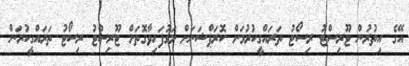
އޭގެ އިތުރުން ޓޫރިސްޓު ރިސޯޓު ތަރައްގީކުރުމަށް ކޮރަޕްޝަނަށް މަގުފަހިވާގޮތަށް ޓޫރިސްޓު ރިސޯޓު ތަރައްގީކުރަން